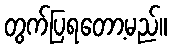
တွက်ပြရတော့မည်။